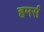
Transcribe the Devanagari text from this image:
हमर्स